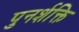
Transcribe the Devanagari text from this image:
पुनर्शक्ति